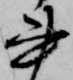
書